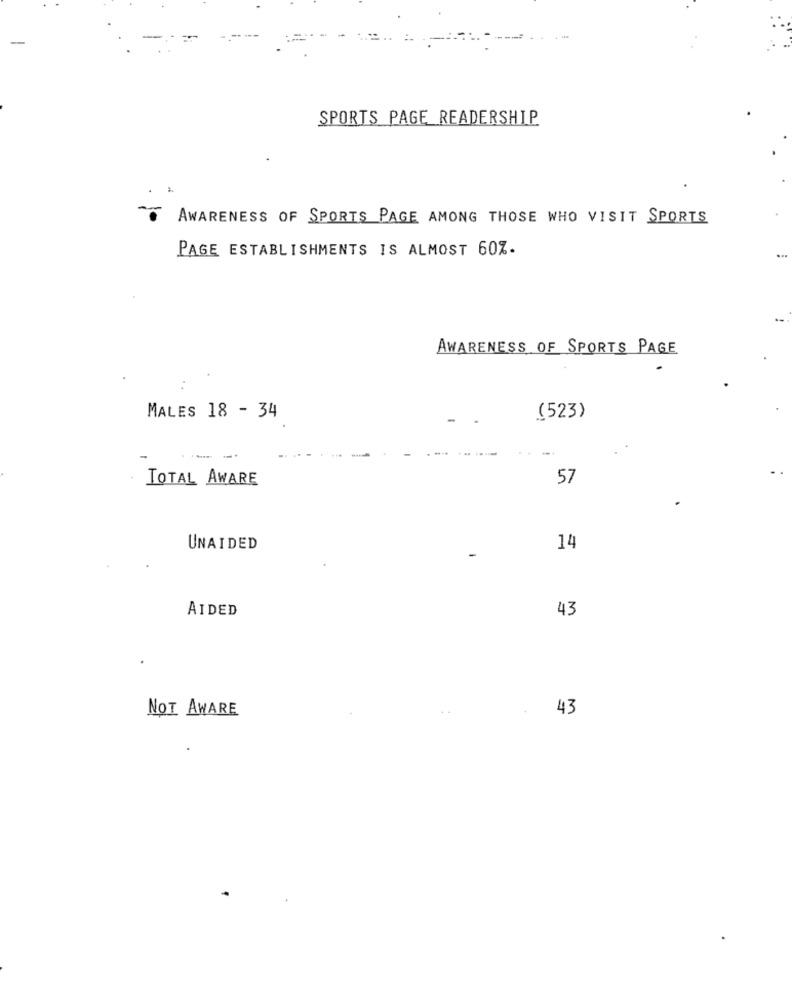
SPORTS PAGE_READERSHIP
AWARENESS OF SPORTS PAGE AMONG THOSE WHO VISIT SPORTS
PAGE ESTABLISHMENTS IS ALMOST 60%.
AWARENESS OF SPORTS PAGE
MALES 18 - 34
(523)
TOTAL AWARE
57
UNAIDED
14
AIDED
43
NOT AWARE
43